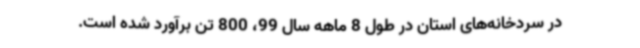
در سردخانه‌های استان در طول 8 ماهه سال 99، 800 تن برآورد شده است.